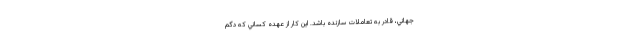
جهاني، قادر به تعاملات سازنده باشد. اين كار از عهده كساني كه دُگم